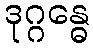
ဒုဂ္ဂန္ဓေ